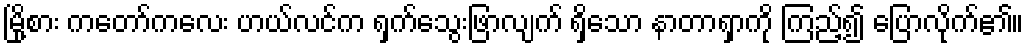
မြို့စား ကတော်ကလေး ဟယ်လင်က ရှက်သွေးဖြာလျက် ရှိသော နာတာရှာကို ကြည့်၍ ပြောလိုက်၏။